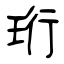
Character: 珩